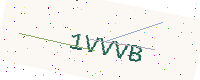
Text: 1VVVB